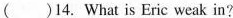
()14. What is Eric weak in?